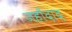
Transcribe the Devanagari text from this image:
जहाँदाद